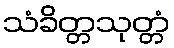
သံခိတ္တသုတ္တံ